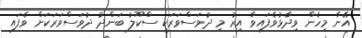
އޭނާ މިހެން ވިދާޅުވެފައިވާ އިރު މި ދުވަސްވަރަކީ ސްކޫލު ބަންދު ދުވަސްވަރަކަށް ވެފައި